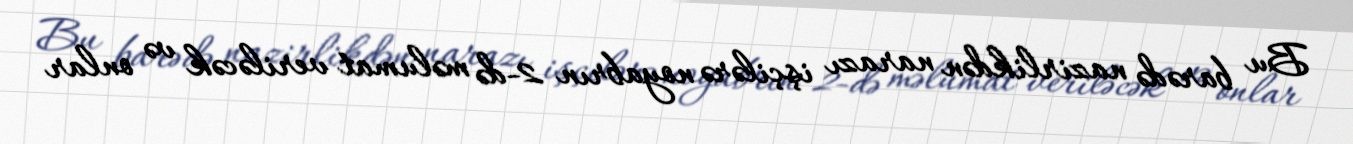
Bu barədə nazirlikdən narazı işçilərə noyabrın 2-də məlumat veriləcək və onlar